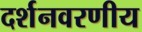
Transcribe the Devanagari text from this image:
दर्शनवरणीय